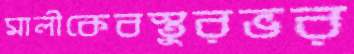
মালীকেবস্তুরভর